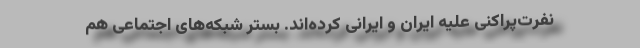
نفرت‌پراکنی‌ علیه ایران و ایرانی کرده‌اند. بستر شبکه‌های اجتماعی هم